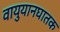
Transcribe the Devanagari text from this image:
वायुयानघातक